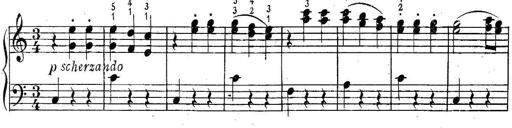
Title: 6 Easy Sonatinas
Composer: Carl Czerny